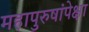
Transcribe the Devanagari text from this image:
महापुरुषांपेक्षा